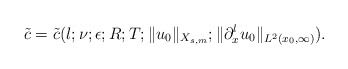
\begin{align*} \tilde{c} = \tilde{c}(l; \nu; \epsilon; R; T; \|u_0\|_{X_{s,m}}; \|\partial_x^lu_0\|_{L^2(x_0,\infty)}).\end{align*}